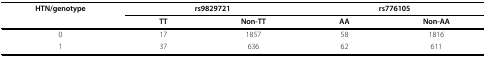
<table><thead><tr><td><b>HTN/genotype</b></td><td colspan="2"><b>rs9829721</b></td><td colspan="2"><b>rs776105</b></td></tr><tr><td></td><td><b>TT</b></td><td><b>Non-TT</b></td><td><b>AA</b></td><td><b>Non-AA</b></td></tr></thead><tbody><tr><td>0</td><td>17</td><td>1857</td><td>58</td><td>1816</td></tr><tr><td>1</td><td>37</td><td>636</td><td>62</td><td>611</td></tr></tbody></table>